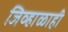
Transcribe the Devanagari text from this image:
जिव्हाळाही